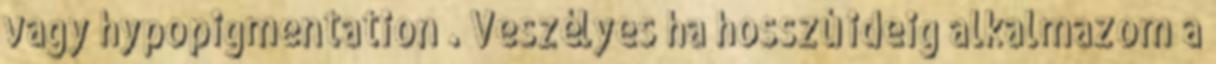
vagy hypopigmentation . Veszélyes ha hosszú ideig alkalmazom a